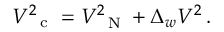
V _ { \mathrm { ~ \small ~ c ~ } } ^ { 2 } = V _ { \mathrm { ~ \scriptsize ~ N ~ } } ^ { 2 } + \Delta _ { w } V ^ { 2 } \, .